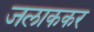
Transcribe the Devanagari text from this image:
जलाककर